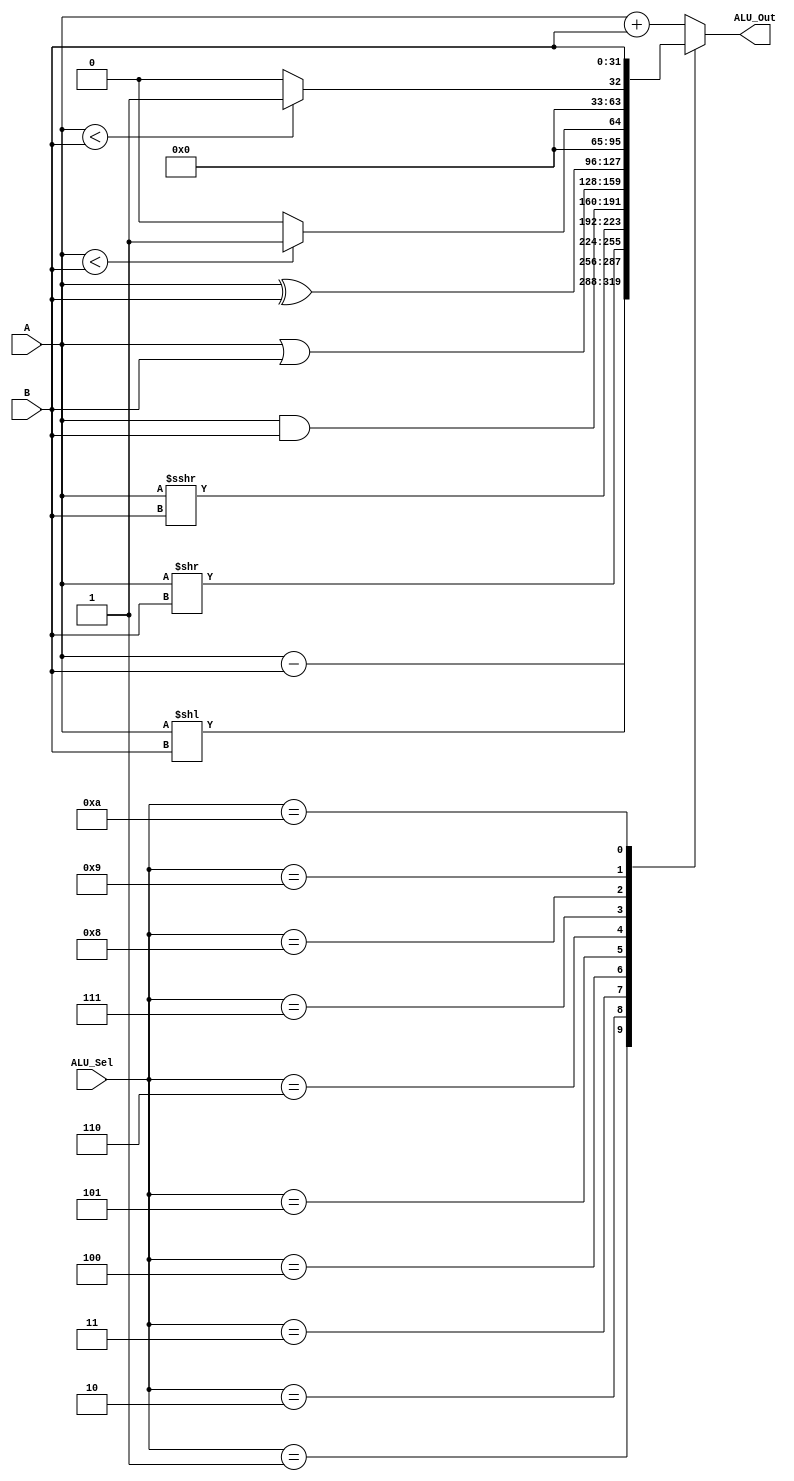
module alu #(parameter WIDTH = 32)(
           input [WIDTH-1:0] A,B,  // ALU 32-bit Inputs
           input [3:0] ALU_Sel,// ALU Selection
           output reg [WIDTH-1:0] ALU_Out // ALU 32-bit Output
    );
    always @(*)begin
        case(ALU_Sel)
            4'b0000: // Addition
                ALU_Out = A + B ;
            4'b0001: // Subtraction
                ALU_Out = A - B ;
            4'b0010: // Logical shift left
                ALU_Out = A<<B;
            4'b0011: // Logical shift right
                ALU_Out = A>>B;
            4'b0100:  // arithmetic shift right
                ALU_Out = A>>>B;
            4'b0101: //  bitwise and
                ALU_Out = A & B;
            4'b0110: //  bitwise or
                ALU_Out = A | B;
            4'b0111: //  bitwise xor
                ALU_Out = A ^ B;
            4'b1000: // set less comparison
                ALU_Out = (A<B)?32'd1:32'd0 ;
            4'b1001: //signed Set less than
                ALU_Out = ($signed(A) < $signed(B))? 32'd1:32'd0;
            4'b1010: // set less comparison
                ALU_Out = B ;
            default: ALU_Out = A + B ;
        endcase
    end

endmodule